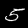
Digit: 5